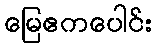
မြေဧကပေါင်း